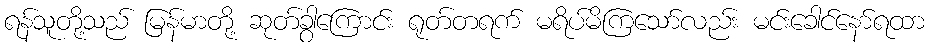
ရန်သူတို့သည် မြန်မာတို့ ဆုတ်ခွာကြောင်း ရုတ်တရက် မရိပ်မိကြသော်လည်း မင်းခေါင်နော်ရထာ